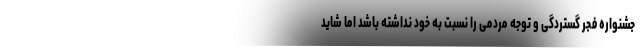
جشنواره فجر گستردگی و توجه مردمی را نسبت به خود نداشته باشد اما شاید